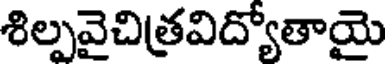
శిల్పవైచిత్రవిద్యోతాయై